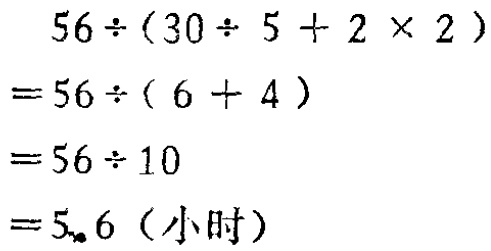
\[

\begin{align*}

&56\div(30\div5 + 2\times2)\\

=&56\div(6 + 4)\\

=&56\div10\\

=&5.6 (\text{小时})

\end{align*}

\]